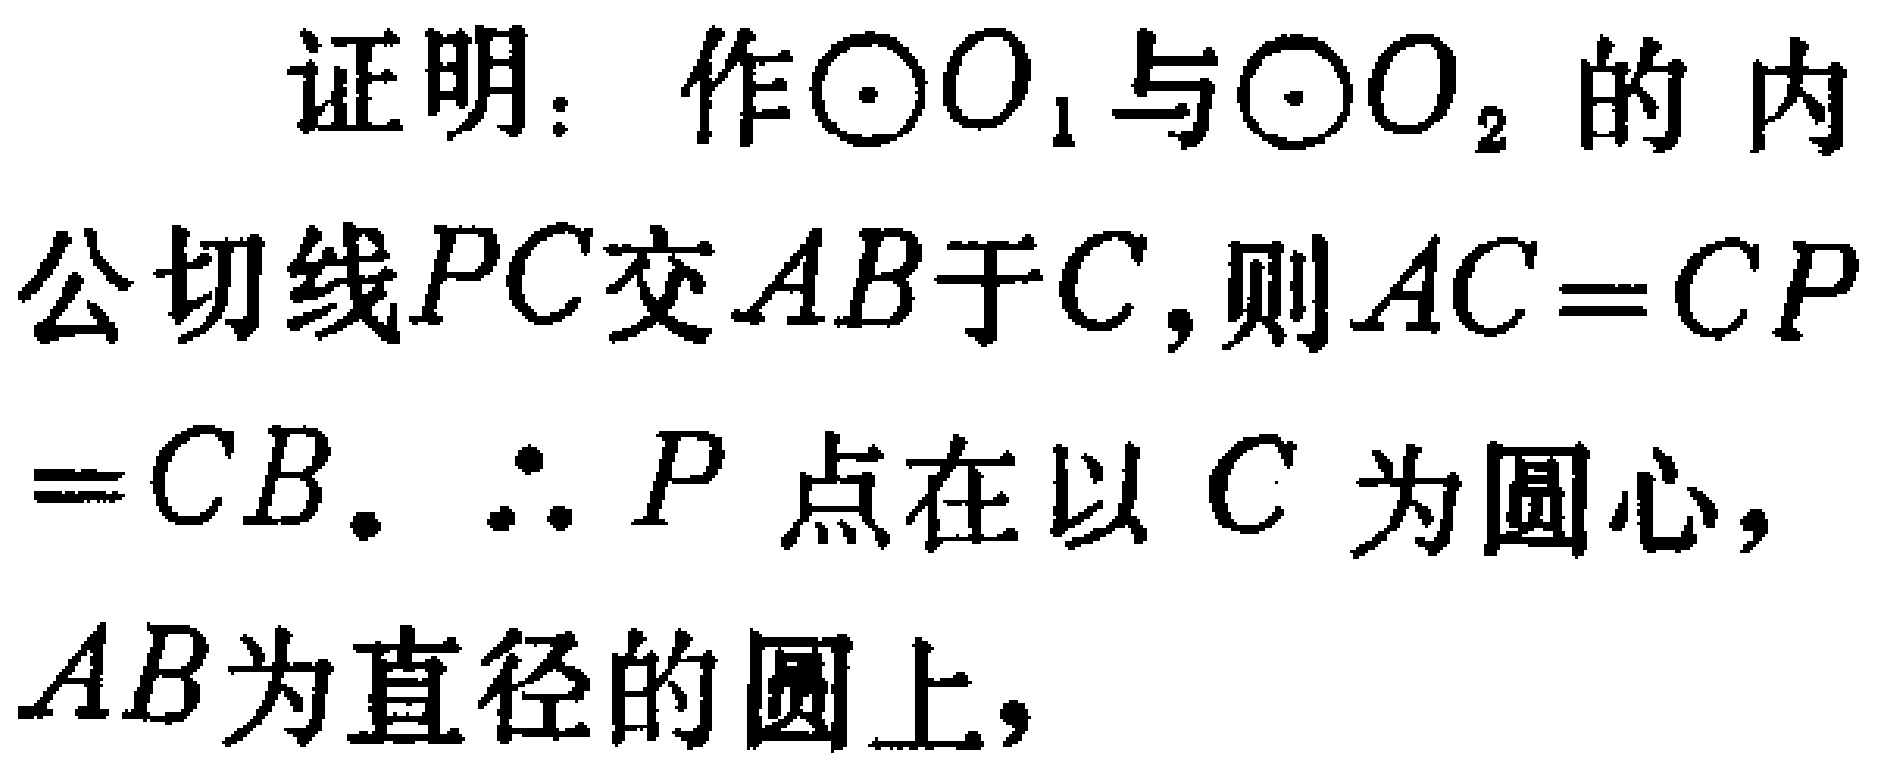
证明：作$\odot O_{1}$与$\odot O_{2}$的内公切线$PC$交$AB$于$C$,则$AC = CP=CB$. $\therefore P$点在以$C$为圆心，$AB$为直径的圆上，